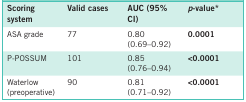
| Scoringsystem | Valid cases | AUC (95% CI) | p-value* |
 | --- | --- | --- | --- |
 | ASA grade | 77 | 0.80(0.69–0.92) | 0.0001 |
 | P-POSSUM | 101 | 0.85(0.76–0.94) | <0.0001 |
 | Waterlow (preoperative) | 90 | 0.81(0.71–0.92) | <0.0001 |